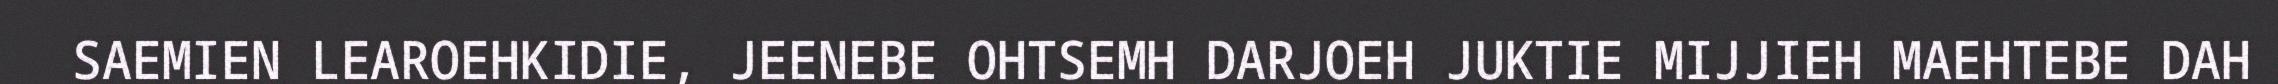
SAEMIEN LEAROEHKIDIE, JEENEBE OHTSEMH DARJOEH JUKTIE MIJJIEH MAEHTEBE DAH